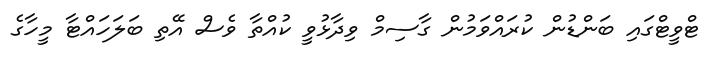
ޓްވީޓްގައި ބަންޑުން ކުރައްވަމުން ގާސިމް ވިދާޅުވީ ކުއްތާ ވެސް އޭތި ބަލަހައްޓާ މީހާގެ